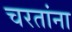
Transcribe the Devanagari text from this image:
चरतांना